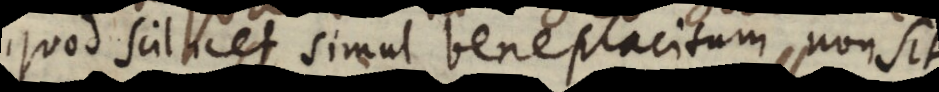
quod scilicet simul beneplacitum non sit.